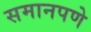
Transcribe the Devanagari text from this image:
समानपणे